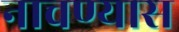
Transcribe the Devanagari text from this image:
नाचण्यास